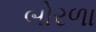
બોરળા